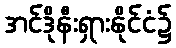
အင်ဒိုနီးရှားနိုင်ငံ၌